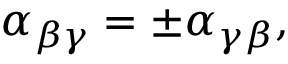
\alpha _ { \beta \gamma } = \pm \alpha _ { \gamma \beta } ,